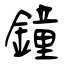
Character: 鐘